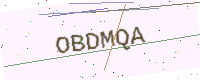
Text: OBDMQA